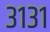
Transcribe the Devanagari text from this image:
३१३१